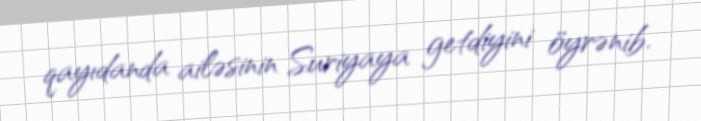
qayıdanda ailəsinin Suriyaya getdiyini öyrənib.